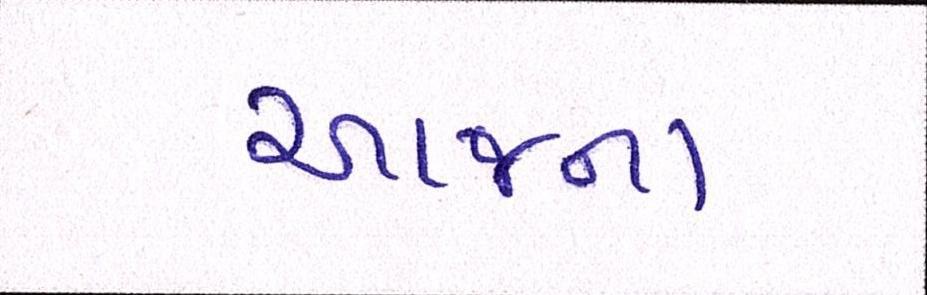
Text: આજના